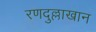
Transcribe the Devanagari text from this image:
रणदुल्लाखान